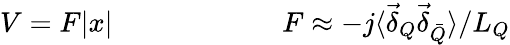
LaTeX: V=F|x|\qquad\qquad\qquad F\approx-j\langle\vec{\delta}_{Q}\vec{\delta}_{\bar{Q}}\rangle/L_{Q}